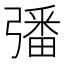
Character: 𢐠